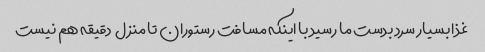
غذا بسیار سرد بدست ما رسید با اینکه مسافت رستوران تا منزل  دقیقه هم نیست